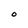
Character: O